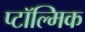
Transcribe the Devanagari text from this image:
प्टॉल्मिक